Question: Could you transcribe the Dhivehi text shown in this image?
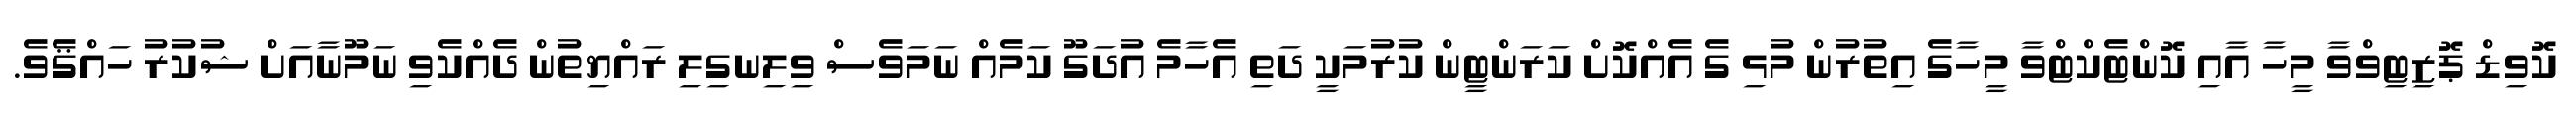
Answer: ކޮވިޑް ޕޮޒިޓިވްވާ މީހާ އާއި ކޮންޓެކްޓްވާ މީހާގެ އިތުރުން މުޅި ގެ އެއްކޮށް ކަރަންޓީން ކުރުމަކީ ދަތި އެހާމެ އުދަގޫ ކަމެއް ނަމަވެސް ވިލިނގިލި ރައްޔިތުން ދެއްކެވި ނަމޫނާއަށް ޝުކުރު ހައްޤެވެ.